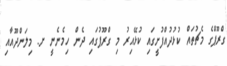
ގްރޫޕްގެ މެޗުތައް ކުޅުދުއްފުށީގައި ކުޅޭއިރު މި ގްރޫޕުގައި ދެން ހިމެނެނީ ށ. މިލަންދޫއާއި